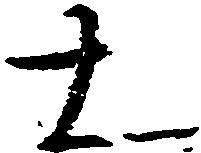
大